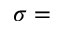
\sigma =